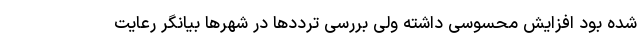
شده بود افزایش محسوسی داشته ولی بررسی ترددها در شهرها بیانگر رعایت